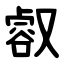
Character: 㕡